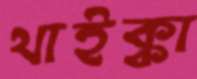
থাইক্কা